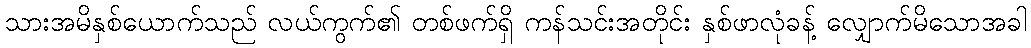
သားအမိနှစ်ယောက်သည် လယ်ကွက်၏ တစ်ဖက်ရှိ ကန်သင်းအတိုင်း နှစ်ဖာလုံခန့် လျှောက်မိသောအခါ